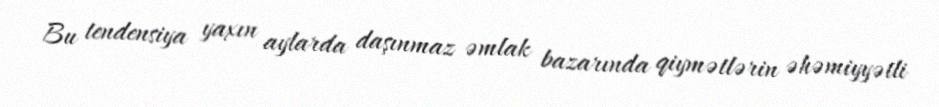
Bu tendensiya yaxın aylarda daşınmaz əmlak bazarında qiymətlərin əhəmiyyətli